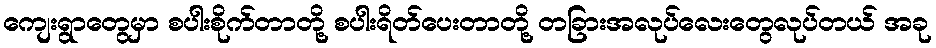
ကျေးရွာတွေမှာ စပါးစိုက်တာတို့ စပါးရိတ်ပေးတာတို့ တခြားအလုပ်လေးတွေလုပ်တယ် အခု